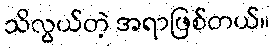
သိလွယ်တဲ့ အရာဖြစ်တယ်။